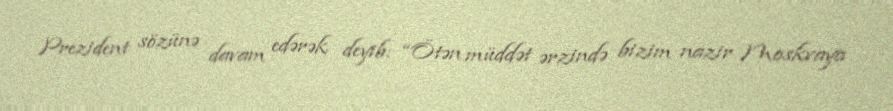
Prezident sözünə davam edərək deyib: “Ötən müddət ərzində bizim nazir Moskvaya